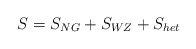
\begin{align*}S= S_{NG} + S_{WZ} + S_{het}\end{align*}